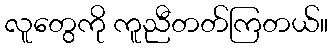
လူတွေကို ကူညီတတ်ကြတယ်။